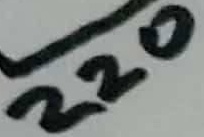
Text: 220